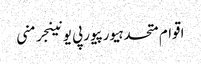
اقوام متحدہیورپیورپی یونینجرمنی